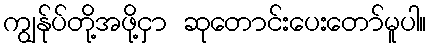
ကျွန်ုပ်တို့အဖို့ငှာ ဆုတောင်းပေးတော်မူပါ။